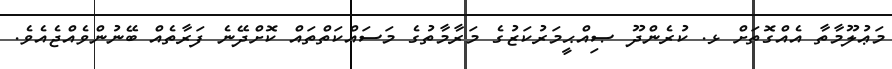
މަޢުލޫމާތާ އެއްގޮތަށް ޅ. ކުރެންދޫ ޞިއްޙީމަރުކަޒުގެ މަރާމާތުގެ މަސައްކަތްތައް ކޮށްދޭނެ ފަރާތެއް ބޭނުންވެއްޖެއެވެ.